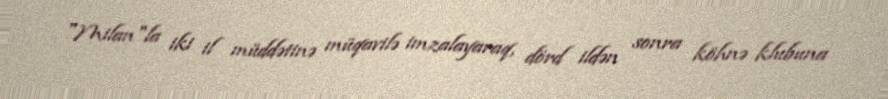
"Milan"la iki il müddətinə müqavilə imzalayaraq, dörd ildən sonra köhnə klubuna